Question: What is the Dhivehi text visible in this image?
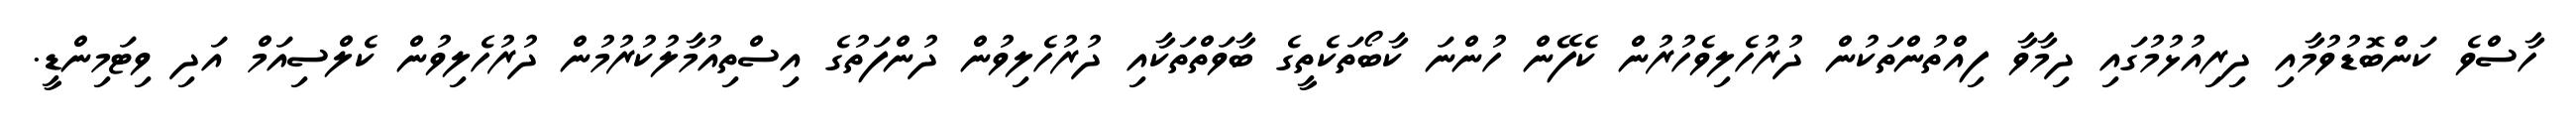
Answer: ހާސްވެ ކަންބޮޑުވުމާއި ދިރިއުޅުމުގައި ދިމާވާ ފިއްތުންތަކުން ދުރުހެލިވެހުރުން ކެފޭން ހުންނަ ކާބޯތަކެތީގެ ބާވަތްތަކާއި ދުރުހެލިވުން ދުންފަތުގެ އިސްތިއުމާލުކުރުމުން ދުރުހެލިވުން ކެލްސިއަމް އަދި ވިޓަމިންޑީ.